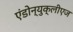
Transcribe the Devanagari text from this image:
एंडोन्युक्लीएज